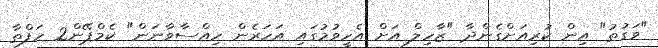
"ވަގުތު" އިން ކުރިއަށްގެންދާ "ޒާހިލް އަށް އެހީވުމުގައި އަހަރެން ހިއްސާވާނަން" ކެމްޕޭން2 ހަފްތާ